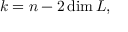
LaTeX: k = n - 2 \dim L ,